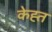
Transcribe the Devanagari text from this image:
केह्त